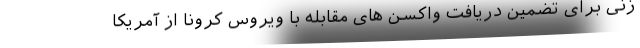
‌زنی برای تضمین دریافت واکسن ‌های مقابله با ویروس کرونا از آمریکا